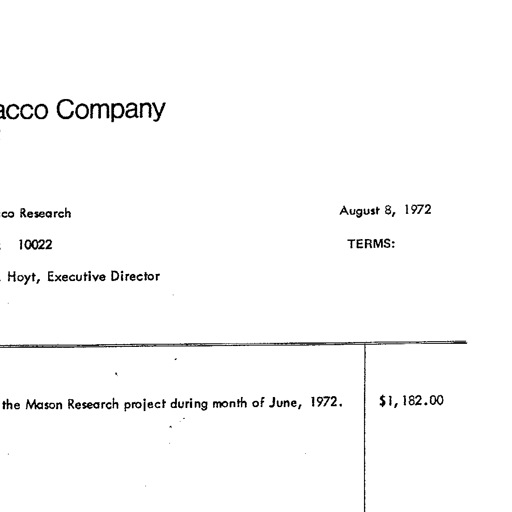
acco Company
co Research
10022
Hoyt, Executive Director
August 8, 1972
TERMS:
the Mason Research project during month of June, 1972.
$1, 182.00